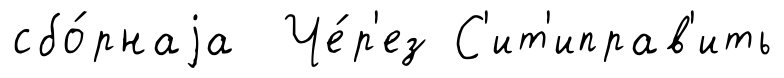
сбо́рнаjа Че́р'ез С'ит'иправ'ить